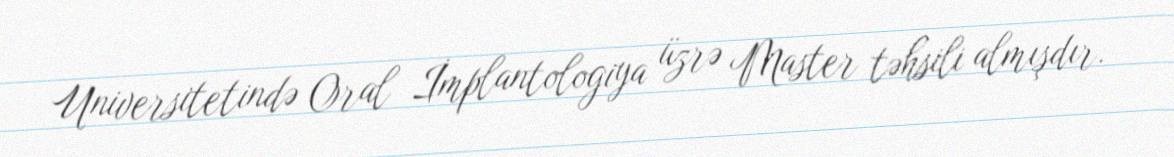
Universitetində Oral İmplantologiya üzrə Master təhsili almışdır.